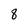
Character: 8